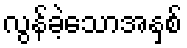
လွန်ခဲ့သောအနှစ်